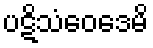
ပဋိသံဝေဒေမိ